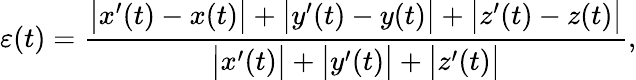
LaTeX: \varepsilon(t)=\frac{\big|x^{\prime}(t)-x(t)\big|+\big|y^{\prime}(t)-y(t)\big|+\big|z^{\prime}(t)-z(t)\big|}{\big|x^{\prime}(t)\big|+\big|y^{\prime}(t)\big|+\big|z^{\prime}(t)\big|},